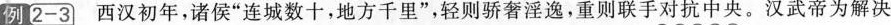
例 2-3 西汉初年，诸侯”连城数十，地方千里”，轻则骄奢淫逸，重则联手对抗中央。汉武帝为解决